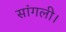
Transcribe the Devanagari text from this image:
सांगली।